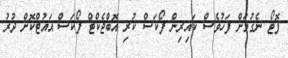
ފޮޓޯ ނެގުމަށް ފަހުވެސް ކައިރިން ފޯކަސް ކުރި އޮބްޖެކްޓް ފޯކަސް އައުޓްކޮށް ދުރު